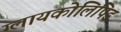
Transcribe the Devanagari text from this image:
ग्लायकोलिपिड